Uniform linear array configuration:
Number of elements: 4
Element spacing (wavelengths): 1
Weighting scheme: blackman
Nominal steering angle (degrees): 60
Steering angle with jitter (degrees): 60.271
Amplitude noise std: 0.05
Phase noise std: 0.05

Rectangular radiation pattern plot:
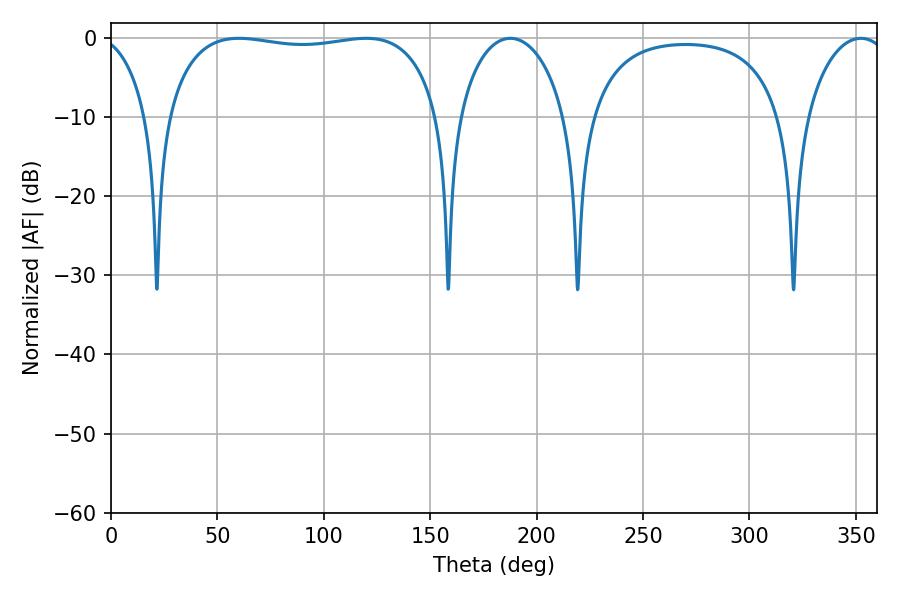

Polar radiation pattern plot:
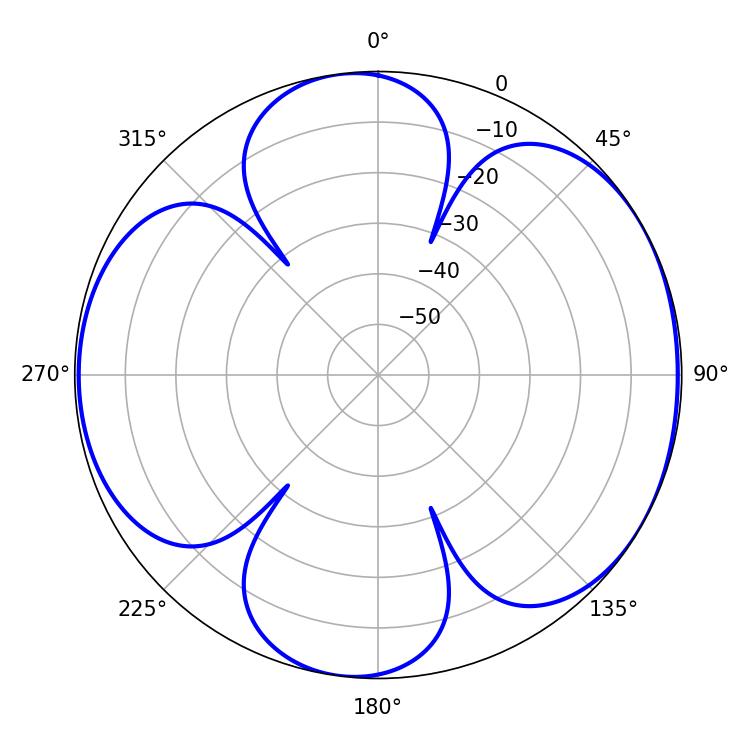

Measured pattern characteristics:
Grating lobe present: TRUE
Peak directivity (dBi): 6.067
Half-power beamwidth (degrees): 103.68
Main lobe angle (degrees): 60.12